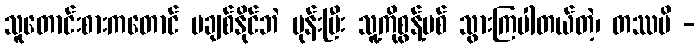
သူတောင်းစားကတောင် မချစ်နိုင်ဘဲ မုန်းပြီး သူ့ကိုစွန့်ပစ် သွားကြပါတယ်တဲ့၊ တဿပိ -